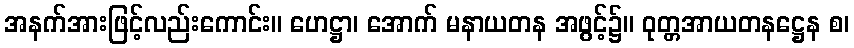
အနက်အားဖြင့်လည်းကောင်း။ ဟေဋ္ဌာ၊ အောက် မနာယတန အဖွင့်၌။ ဝုတ္တအာယတနဋ္ဌေန စ၊